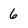
Character: 6